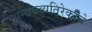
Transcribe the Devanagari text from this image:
अन्वयव्यतिरेकाचे